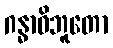
ဂန္ဓာဓိဘူတော